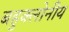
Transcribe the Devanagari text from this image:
बहुक्लोनीय